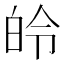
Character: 皊